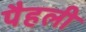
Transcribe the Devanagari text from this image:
पैहली